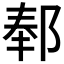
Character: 𬪅